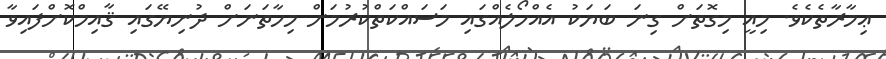
ޢިމާރާތެކެވެ. މިއީ މިގޮތަށް ގިނަ ބަޔަކު އެއްހޯލެއްގައި މަސައްކަތްކުރުމަށް މިހާތަނަށް ދުނިޔޭގައި ޤާއިމްކޮށްފައިވާ